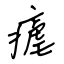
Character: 瘧